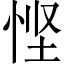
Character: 悭